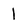
Character: I